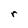
Character: r